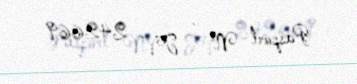
Pasport № - TV 242669